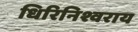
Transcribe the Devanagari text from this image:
धिरिनिश्वराय